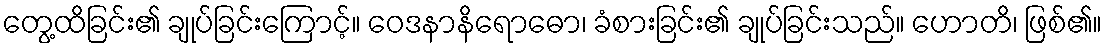
တွေ့ထိခြင်း၏ ချုပ်ခြင်းကြောင့်။ ဝေဒနာနိရောဓော၊ ခံစားခြင်း၏ ချုပ်ခြင်းသည်။ ဟောတိ၊ ဖြစ်၏။